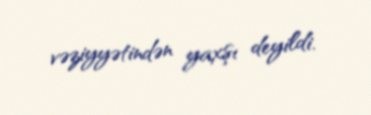
vəziyyətindən yaxşı deyildi.